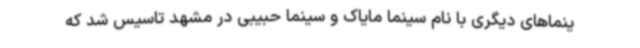
ینماهای دیگری با نام سینما مایاک و سینما حبیبی در مشهد تاسیس شد که